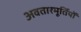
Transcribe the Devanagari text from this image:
अवतारमूर्तियों